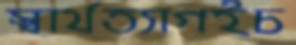
স্বার্থত্যাগইচ